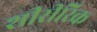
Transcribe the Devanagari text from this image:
शीरीरिक